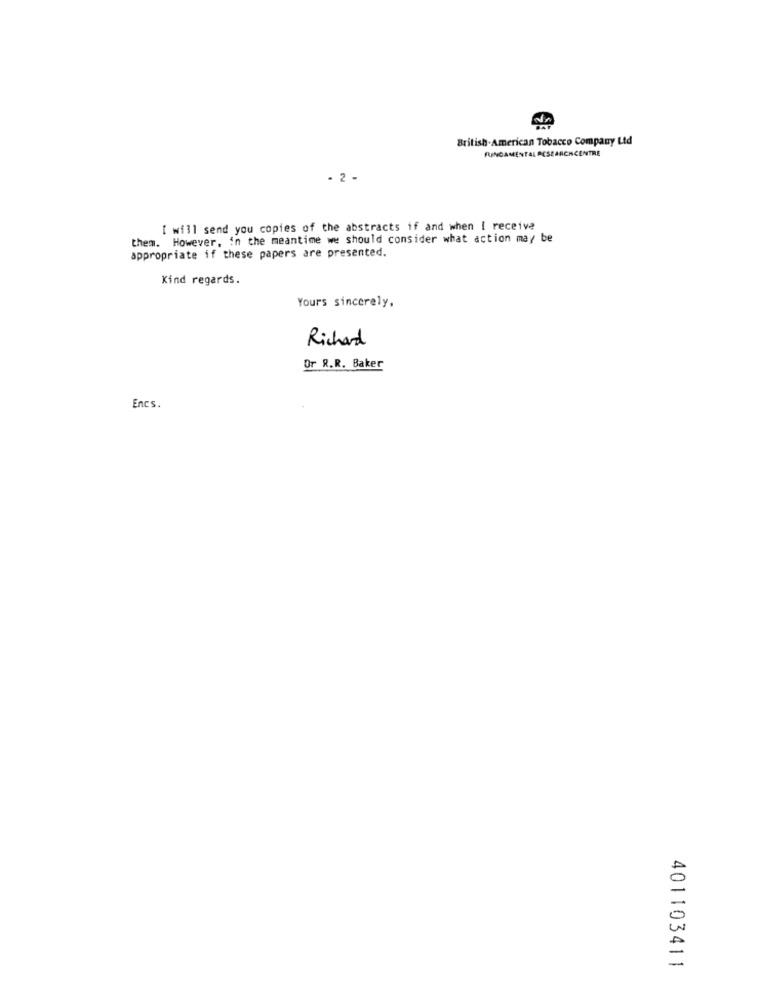
British American Tobacco Company Ltd
FUNDAMENTAL RESEARCHCENTRE
- 2 -
I will send you copies of the abstracts if and when I receive
them. However, in the meantime we should consider what action may be
appropriate if these papers are presented.
Kind regards.
Yours sincerely,
Richard
Or R.R. Baker
Encs.
401103411